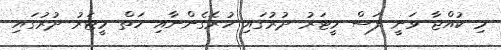
މި ކުއްޖާ ވަނީ ފަސް މީޓަރު ދުރުގައި ހުރެގެންނާއި ހަތް މީޓަރު ދުރުގައި